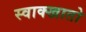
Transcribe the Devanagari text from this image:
स्वाक्खातो